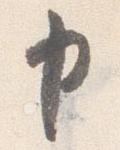
申